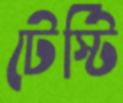
টেস্টি